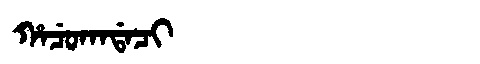
Manchu: ᡥᠠᠴᡠᡴᠠᡩᠠᠴᡳ
Romanization: HACUKADACI